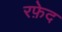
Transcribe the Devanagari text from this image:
रफ़ेद